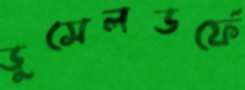
ডুসেলডর্ফে